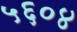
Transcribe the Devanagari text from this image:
५६०४